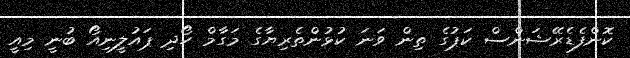
ކޮންފެޑެރޭޝަންސް ކަޕުގެ ތިން ވަނަ ކުޅުންތެރިޔާގެ މަގާމް ހޯދި ޕައުލީނިއޯ ބުނީ މިއީ